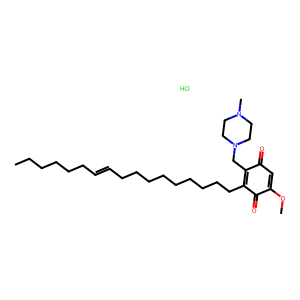
SMILES: CCCCCCC=CCCCCCCCCCC1=C(CN2CCN(C)CC2)C(=O)C=C(OC)C1=O.Cl
Inhibits HIV replication: No